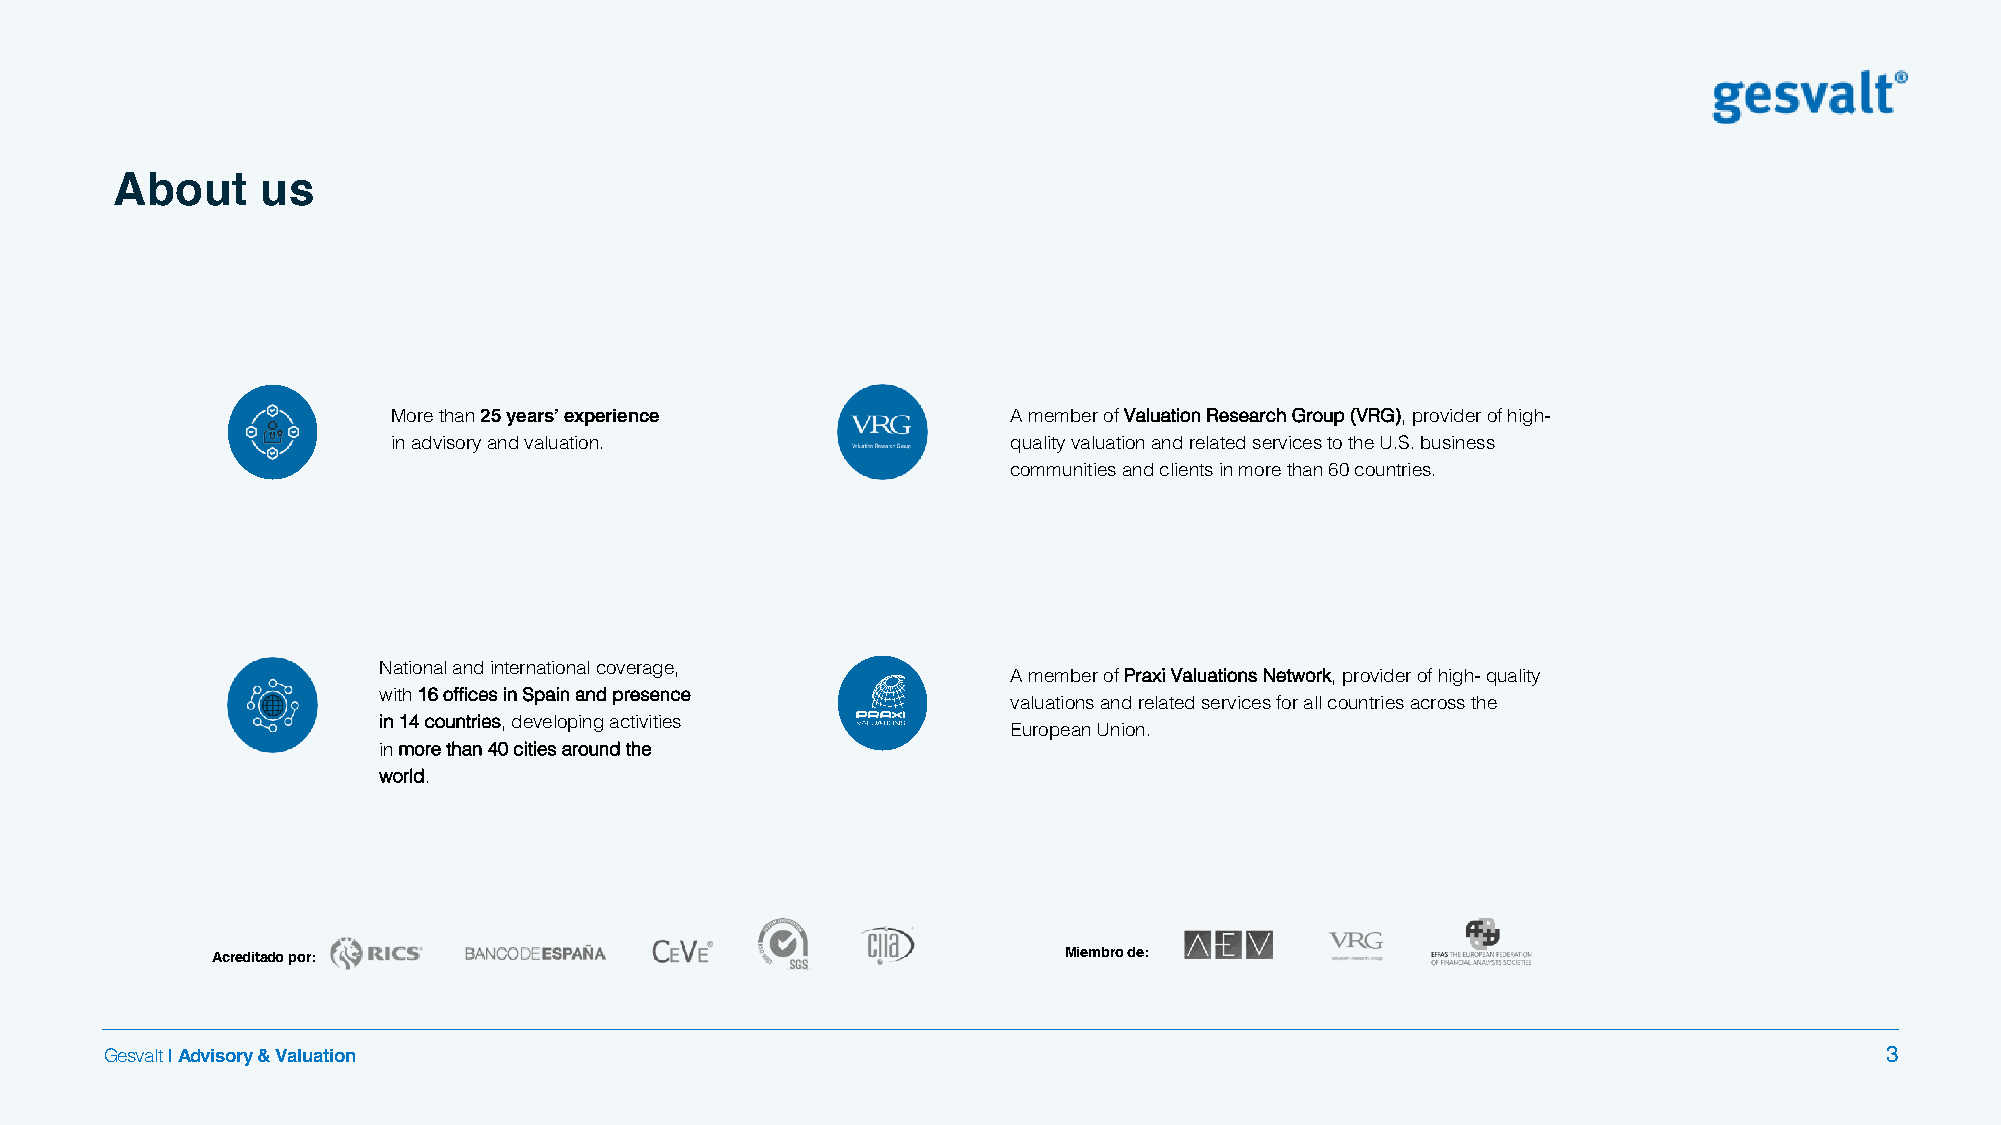
About    us
 More than 25years’ experience            A member of Valuation Research Group (VRG),provider of high-
 in advisory and valuation.               quality valuation and related services to the U.S. business
 communities and clients in more than 60 countries.
 National and international coverage,
 A member of PraxiValuations Network, provider of high-quality
 with 16 offices in Spain and presence
 valuations and related services for all countries across the
 in 14 countries, developing activities
 European Union.
 in more than 40 cities around the
 world.
 Acreditado por:                                         Miembro de:
 Gesvalt|Advisory & Valuation                                                                                          3